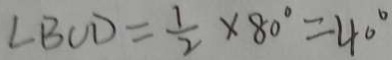
\angle B C D = \frac { 1 } { 2 } \times 8 0 ^ { \circ } = 4 0 ^ { \circ }